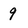
Character: 9